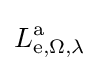
L\mathrm {_{e,\Omega ,\lambda }^{a}}